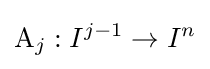
\mathrm {A} _{j}:I^{j-1}\to I^{n}